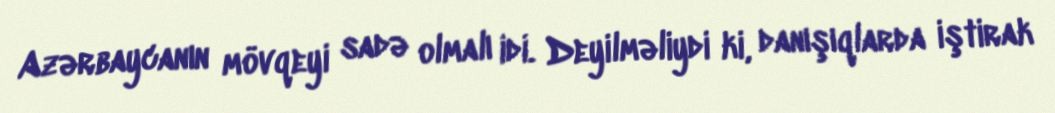
Azərbaycanın mövqeyi sadə olmalı idi. Deyilməliydi ki, danışıqlarda iştirak